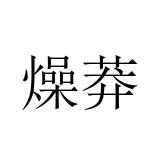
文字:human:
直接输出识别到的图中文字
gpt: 燥莽